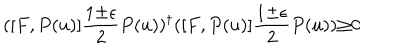
( [ F , P ( u ) ] \frac { 1 { \pm } { \epsilon } } { 2 } P ( u ) ) ^ { \dagger } ( [ F , P ( u ) ] \frac { 1 { \pm } { \epsilon } } { 2 } P ( u ) ) { \geq } 0